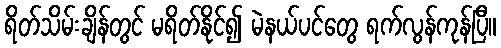
ရိတ်သိမ်းချိန်တွင် မရိတ်နိုင်၍ မဲနယ်ပင်တွေ ရက်လွန်ကုန်ပြီ။